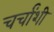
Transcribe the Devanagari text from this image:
चर्चांशी